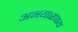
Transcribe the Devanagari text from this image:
अभयारणय